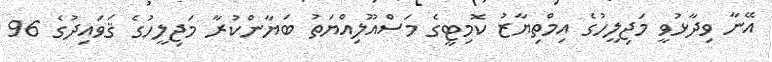
އޭނާ ވިދާޅުވީ މަޖިލީހުގެ އިމްތިޔާޒު ކޮމިޓީގެ މަސްއޫލިއްޔަތު ބަޔާންކުރާ މަޖިލީހުގެ ޤަވައިދުގެ 96